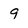
Character: 9